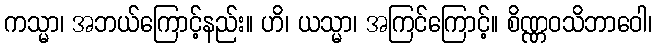
ကသ္မာ၊ အဘယ်ကြောင့်နည်း။ ဟိ၊ ယသ္မာ၊ အကြင်ကြောင့်။ စိဏ္ဏဝသိဘာဝေါ၊